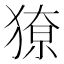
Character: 𭸡